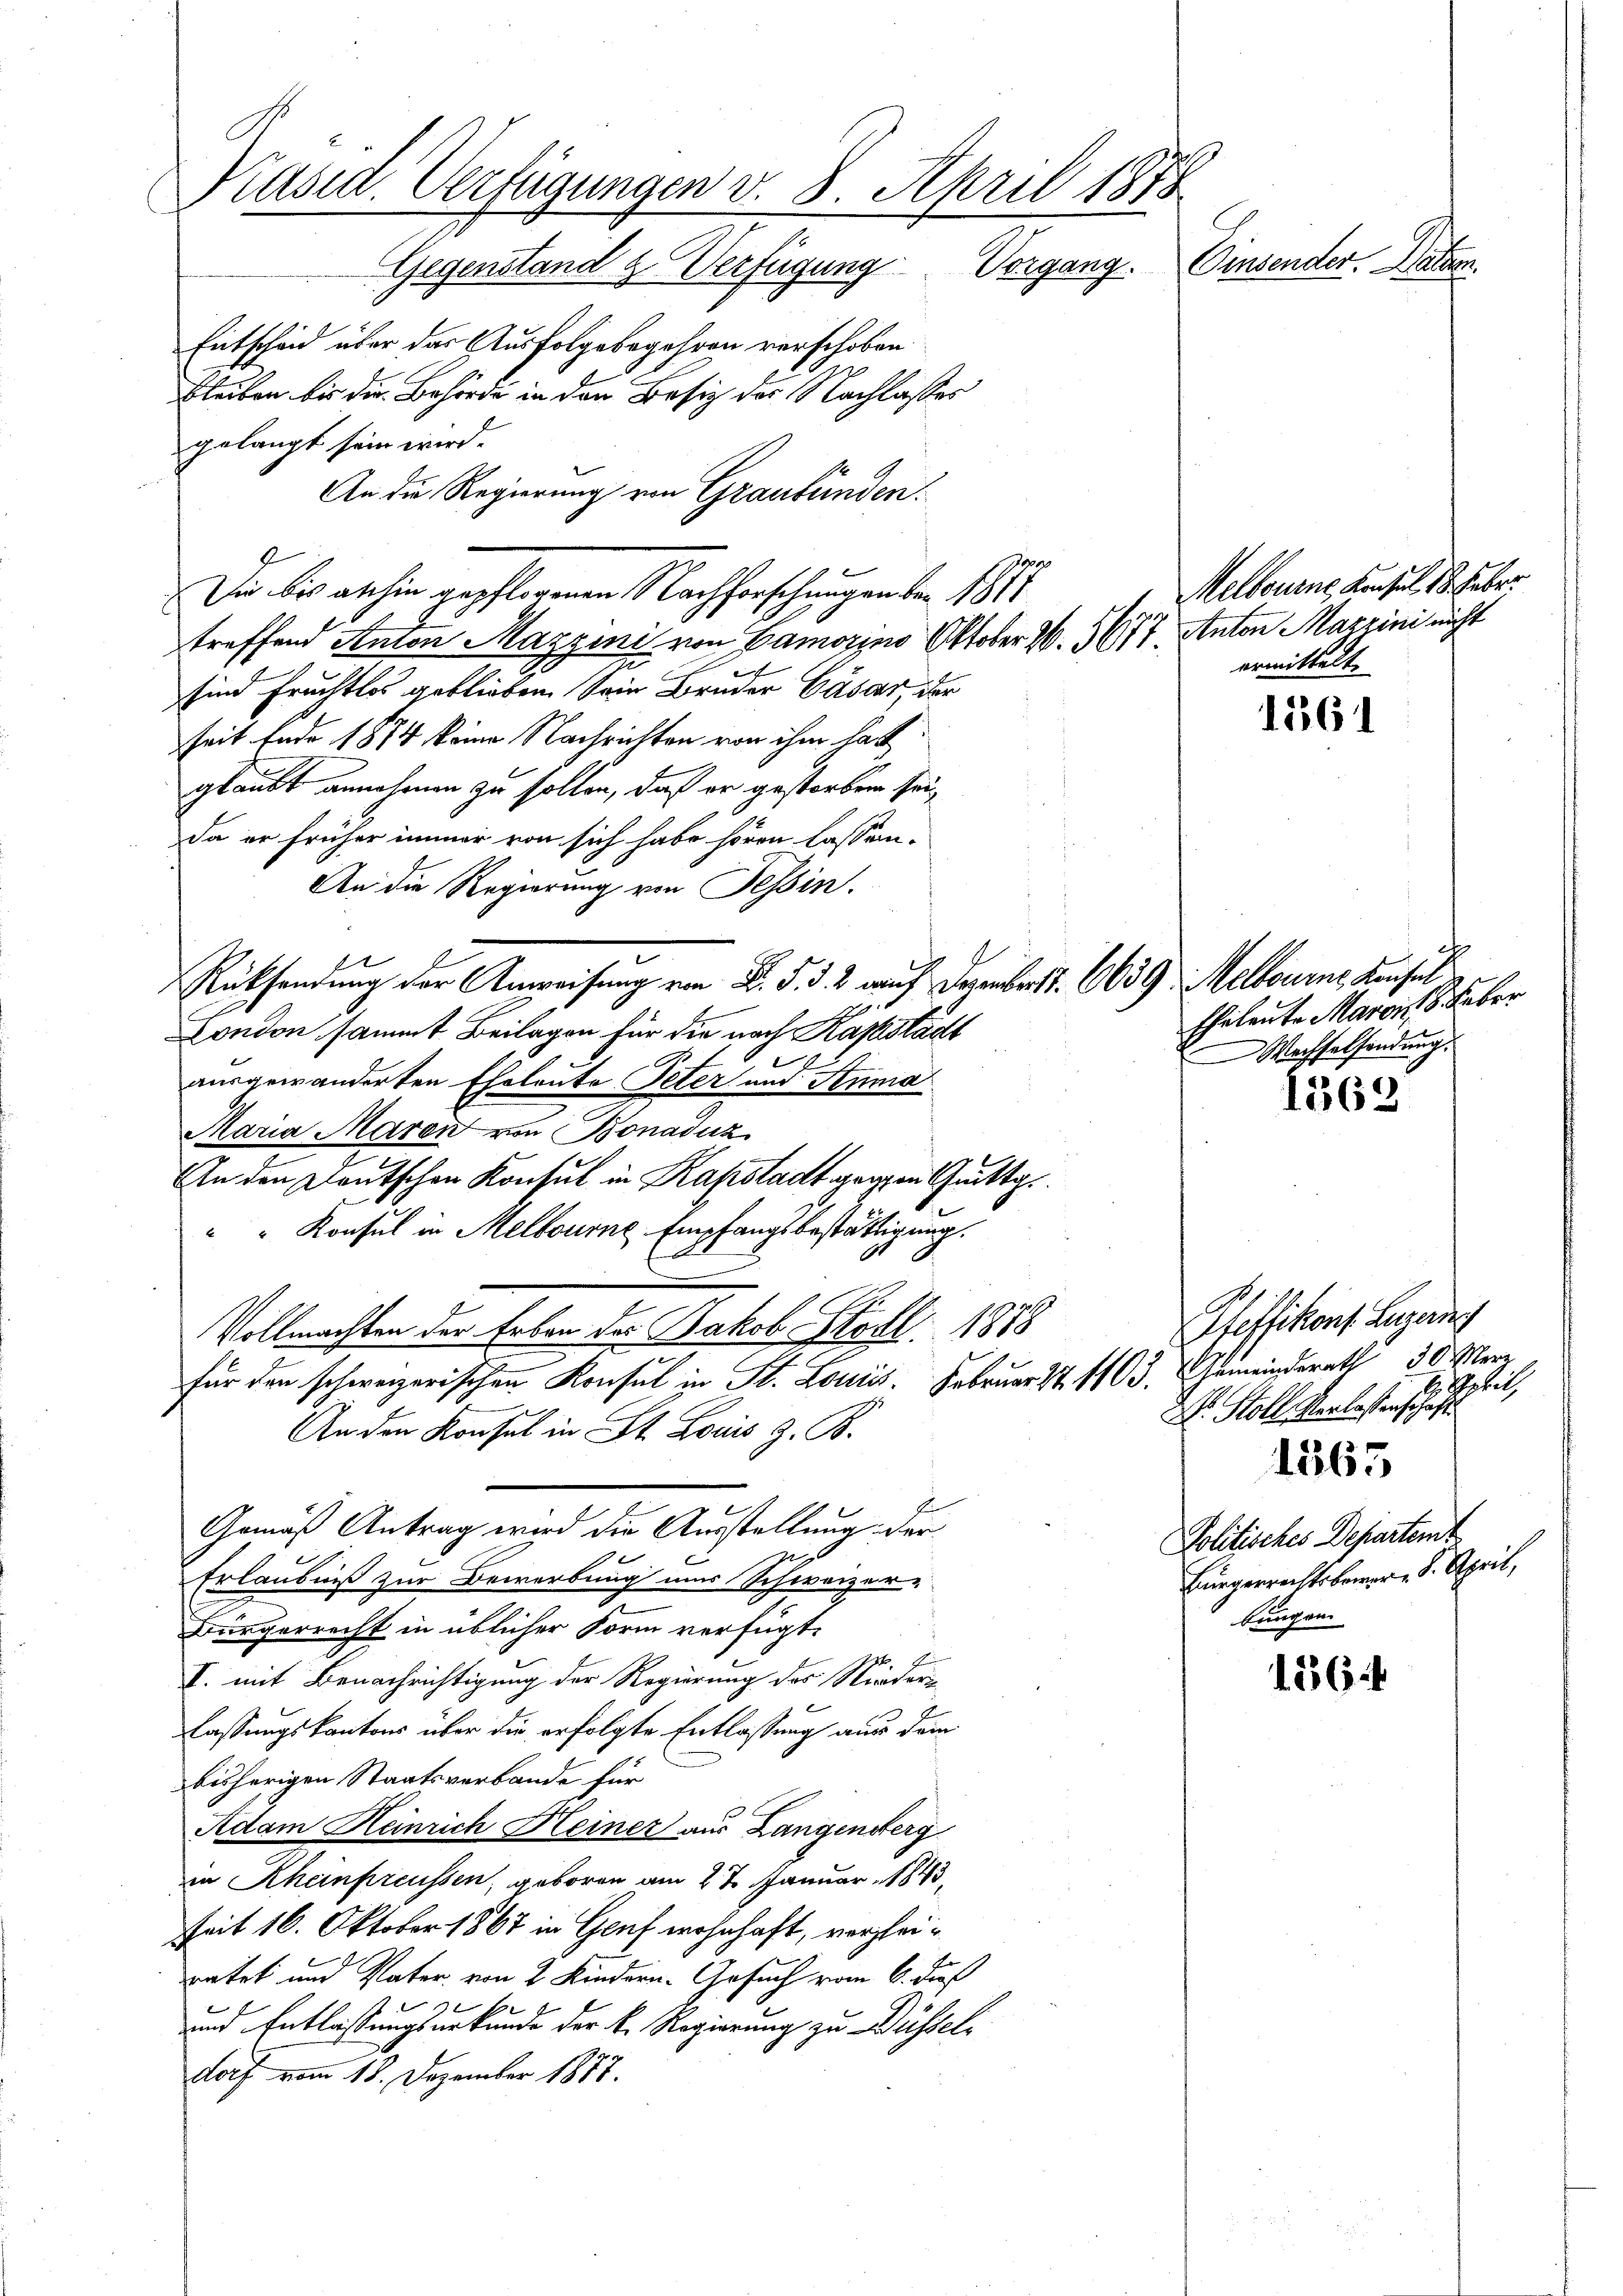
Prasia. Verfügungen v. 8. April 1878
Einsender. Batzen.
Gegenstand z. Verfügung Vorgang.

Entscheid über das Ausfolge begehren verschoben
Bleiben bis die Behörde in den Besiz der Nachlasses
gelangt sein wird.
An die Regierung von Graubünden.
2
Sie bis aschin gepflogenen Nachforschungen der 1877
treffend Anton Mazzini von Camorien Oktober W. 3677, Anton Mazrini nicht
sind Fruchtlos geblieben. Sein Bruder Cäsar, der
seit Ende 1874 keine Nachrichten von ihm hatt
glaubt annehmen zu sollen, daß er gestorben sei,
Da er früher immer von sich habe hören lassen-
An die Regierung von Tessin.
Rücksendung der Anweisung von B. d. d. 2 auf Dezembert. 6659 Melbourne Konsul
London sammt Beilagen für die nach Kapstädt

ausgewänderten Eheleute Peter und Anna
Maria Maron von Bonaduz
An den Deutschen Konsul in Kapstadt gegen Gutta¬
" Konsul in Melbourne Empfangsbestättigung.
Vollmachten der Erben des Jakob Stoll 1878
n
für den schweizerischen Konsul in St. Fe
An den Konsul in St. Louis Z. B.
Gemäß Antrag wird die Ausstellung der
Erlaubniß zur Bewerbung und Schweizer-
Bürgerrecht in üblicher Form verfügt:
I. mit Benachrichtigung der Regierung des Nieder
lassungskantons über die erfolgte Entlassung aus dem
bisherigen Staatsverbande für
Adam Heinrich Heiner aus Langenberg
in Rheinpreussen, geboren am 27. Januar 1843,
Zeit 16. Oktober 1867 in Genf wohnhaft, vergleiratet und Vater von 2 Kindern. Gesuch vom 6. di
und Entlassungsurkunde der k. Regierung zu Düsseldorf vom 18. Dezember 1877.

Melbourne Konsul 1. Feber
ermittelt.

1561

Eheleute Maron Feber
Wechselfondung.

1562

Pfeffikon, Legung
H. Sprit,
W. Stoll Verlassenschaft

1565

Politisches Departent
Bürgerrechts bemer - 8. April,
bungen.

1564